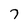
Character: 7